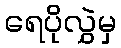
ရေပိုလွှဲမှ